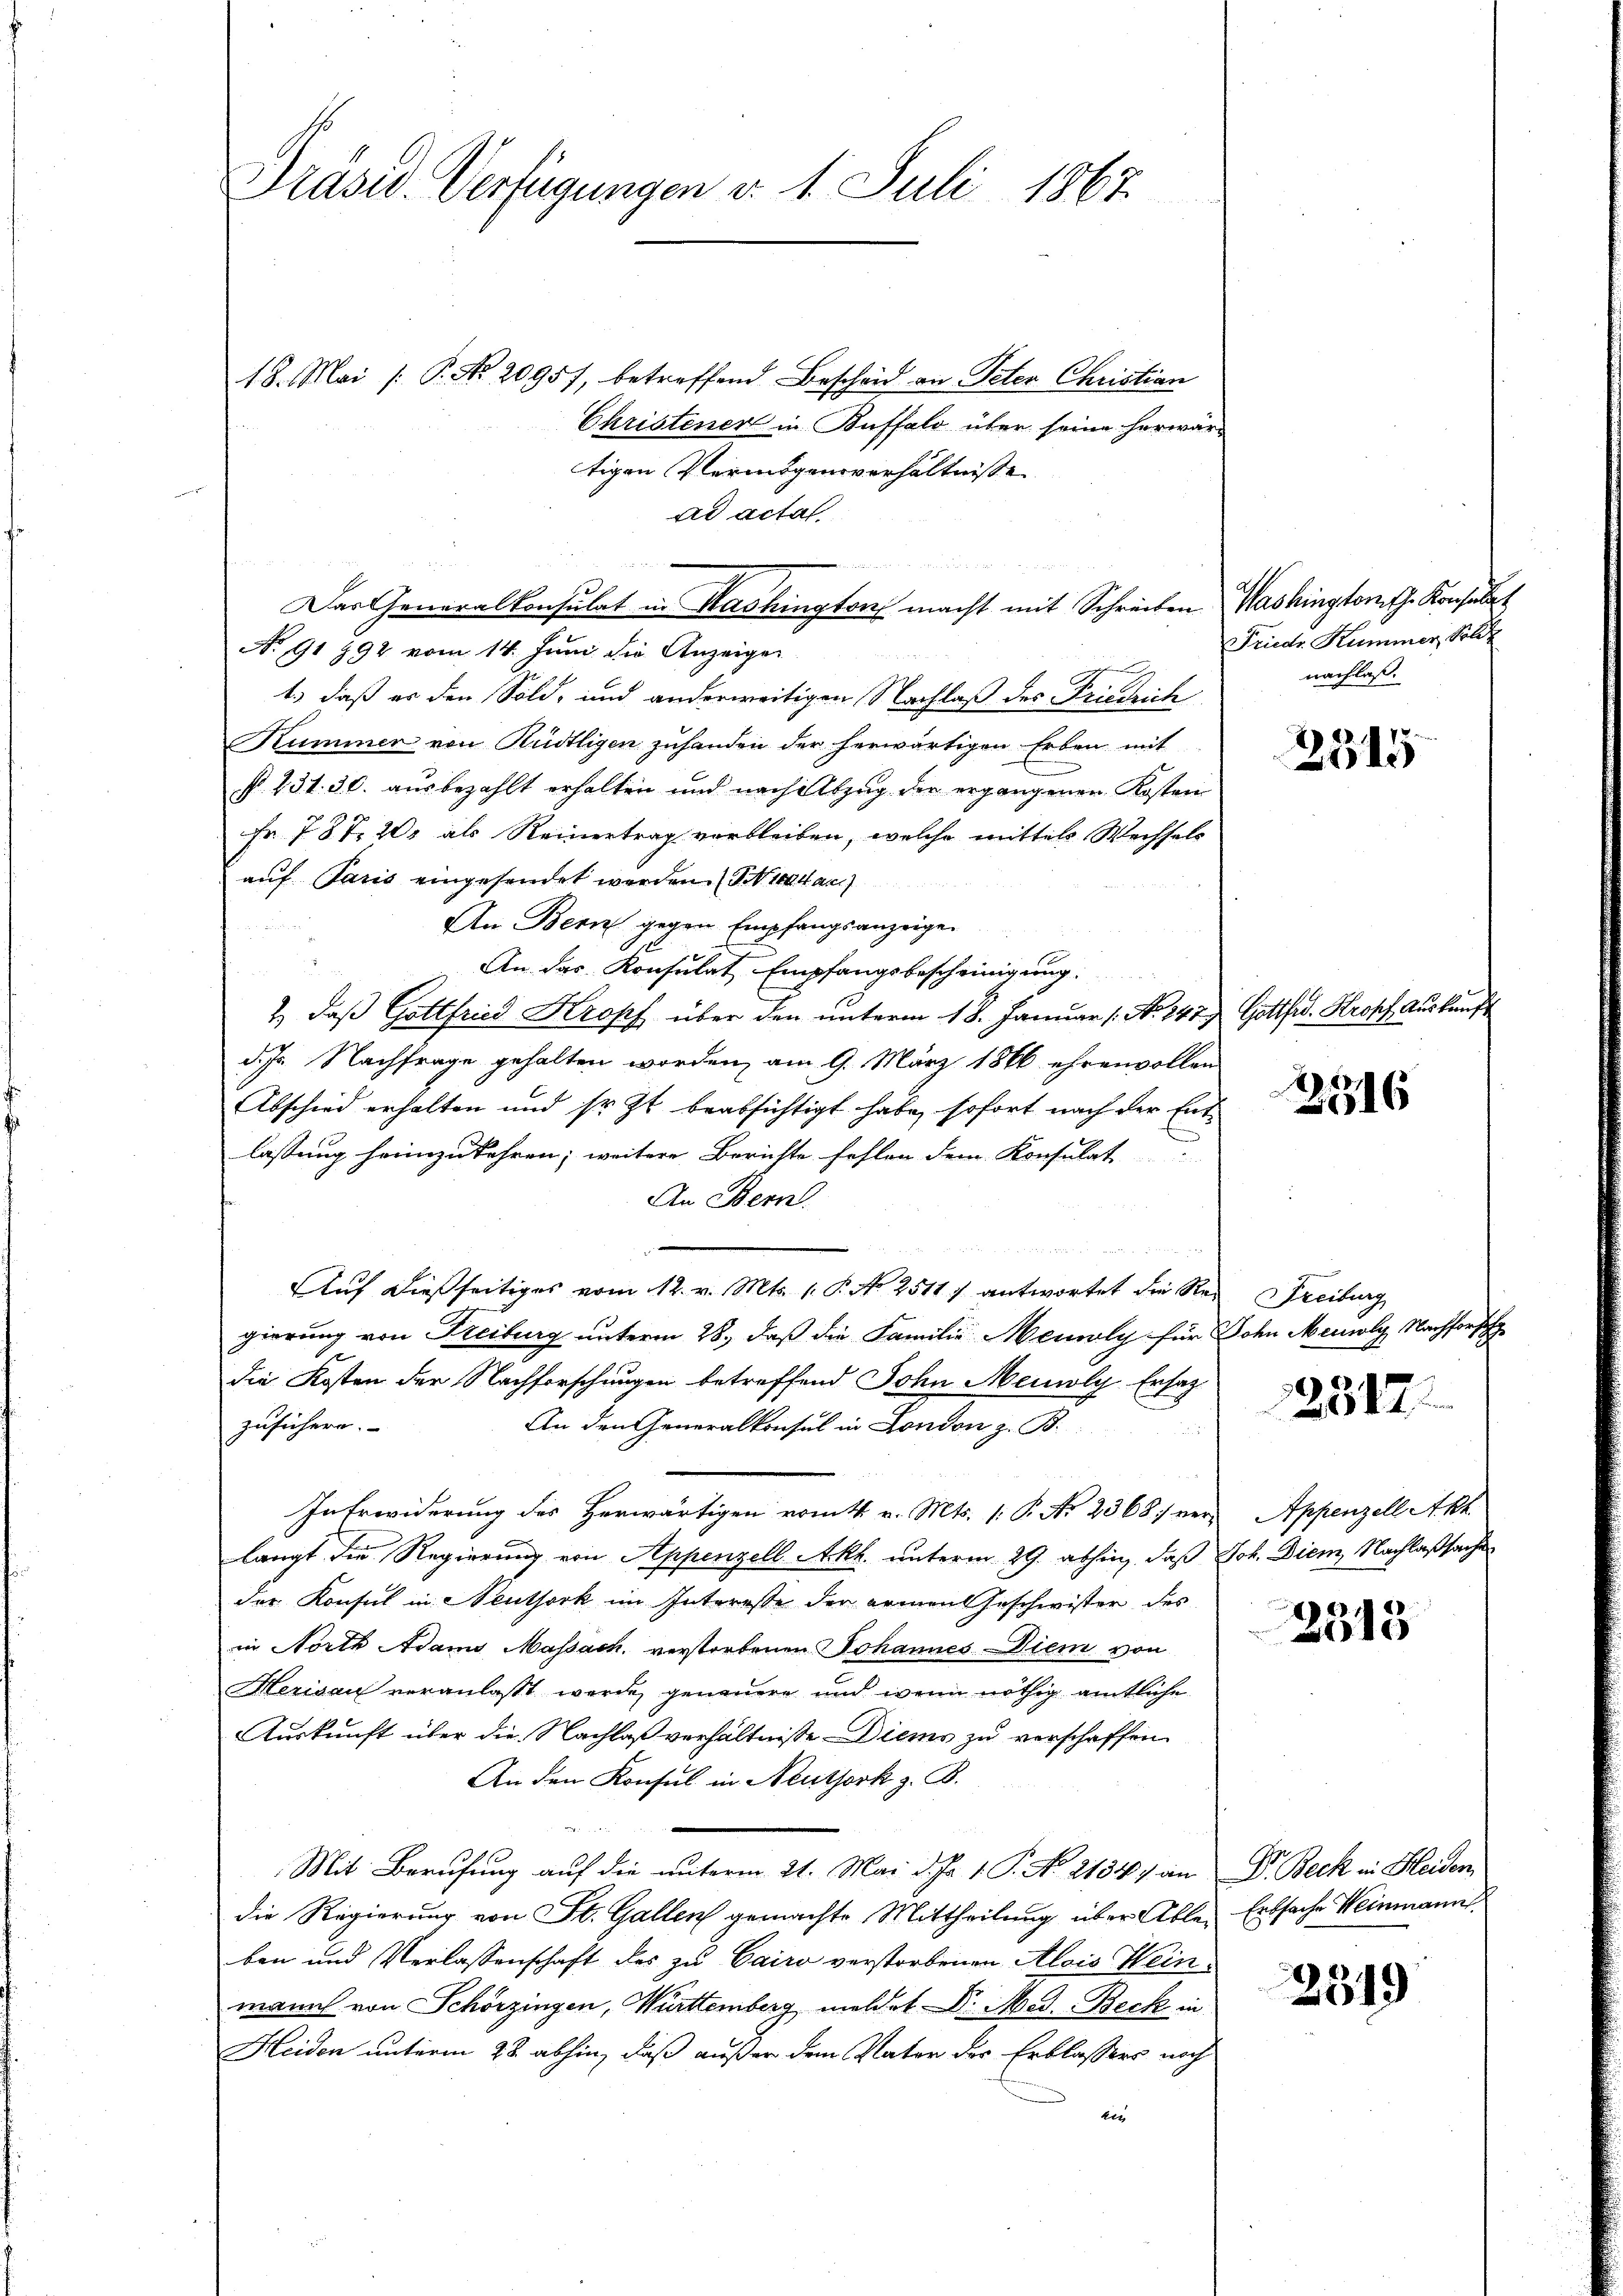
Präsid. Verfügungen d. 1. Juli 1867

18. Mai [ P. Nr. 20957, betreffend Bescheid an Peter Christian
Christener in Buffalo über seine herwär-
tigen Vermögensverhältnisse
ad actat.
x
Das Generalkonsulat in Washington macht mit Schreiben Washington sch. Konsult
No 91 992 vom 14. Juni die Anzeiger
hin
1.) daß es den Sold- und anderweitigen Nachlaß des Friedrich
Kummer von Rüdtligen zuhanden der herwärtigen Erben mit
P. 231. 30. ausbezahlt erhalten und nach Abzug der ergangenen Kosten
Fr. 787. 201 als Reinertrag verbleiben, welche mittels Wechsels
auf Paris eingesendet werden. (Sietar
An Bern gegen Empfangsanzeige
B. 4. Der
An das Konsulat Empfangsbescheinigung.
2., daß Gottfried Kropf über den unterm 18. Januar (: No 147) Gottfr. Krokf Auskunft
d. Js. Nachfrage gehalten worden, am 9. März 1866 ehrenvollen
Abschied erhalten und sr. Zt. beabsichtigt habe, sofort nach der Ent-
lassung heimzukehren; weitere Berichte fehlen dem Konsulat
An Bern.

Auf dießseitiges vom 12. v. Mts. 1. P. N. 2511. antwortet die Rei Freiburg
gierung von Freiburg unterm 28. daß die Familie Memoly für Sohn Memoly Nachforsch
die Kosten der Nachforschungen betreffend John Meioly Ersatz
An den Generalkonsul in London z. B.
zusühern.
In Erwiderung des Herwärtigen romtt. v. Mts. (: P. No 2368; verlangt die Regierung von Appenzell Akt. unterm 29. abhin, daß Joh. Diem Nachlaßsache
der Konsul in Neuthork im Interesse der armen Geschwister des
in North Adams Massach, verstorbenen Johannes Diem von
Herisau veranlaßt werde, genauere und wenn nöthig amtliche
Auskunft über die Nachlaß verhältnisse Diens zu verschaffen
An den Konsul in Neuthork z. B.
Mit Berufung auf die unterm 21. Mai d. Js. 1. P. No. 2134/ an Dr. Beck in Heiden
die Regierung von St. Gallen gemachte Mittheilung über Ableben und Verlassenschaft des zu Cairo verstorbenen Alois Weinmann von Schörzingen, Württemberg meldet Dr. Med. Beck in
Heiden unterm 28. abhin, daß außer dem Vater der Erblassers noch
ker

Friedr. Kummer, Soldt
nachlaß.

2315

3516

12317.

Appenzell Akt

2313

Erbsache Weinmann

2349